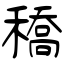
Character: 穚